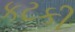
કટકી